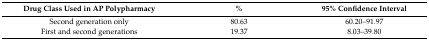
| Drug Class Used in AP Polypharmacy | % | 95% Confidence Interval |
 | --- | --- | --- |
 | Second generation only | 80.63 | 60.20–91.97 |
 | First and second generations | 19.37 | 8.03–39.80 |